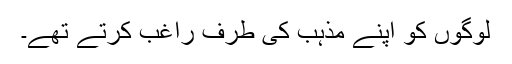
لوگوں کو اپنے مذہب کی طرف راغب کرتے تھے۔